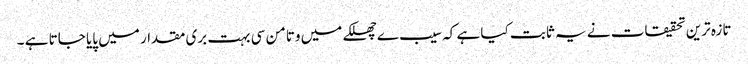
تازہ ترین تحقیقات نے یہ ثابت کیا ہے کہ سیب ے چھلکے میں وتامن سی بہت بری مقدار میں پایا جاتا ہے ۔